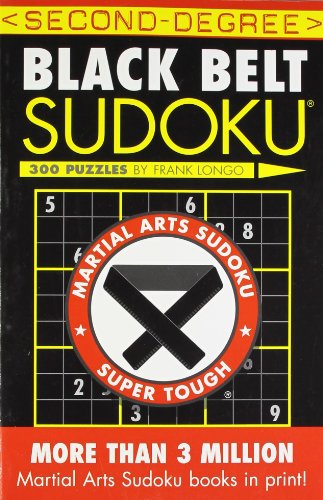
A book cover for Second-Degree Black Belt SudokuÂ® (Martial Arts Puzzles Series); Frank Longo; Humor & Entertainment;